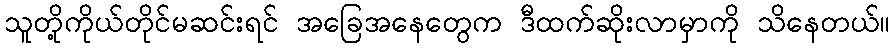
သူတို့ကိုယ်တိုင်မဆင်းရင် အခြေအနေတွေက ဒီထက်ဆိုးလာမှာကို သိနေတယ်။